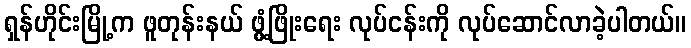
ရှန်ဟိုင်းမြို့က ဖူတုန်းနယ် ဖွံ့ဖြိုးရေး လုပ်ငန်းကို လုပ်ဆောင်လာခဲ့ပါတယ်။